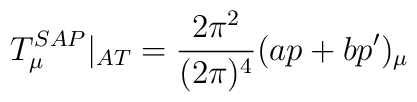
T_{\mu }^{SAP}|_{AT}=\frac{2\pi ^{2}}{(2\pi )^{4}}(ap+bp^{\prime })_{\mu }